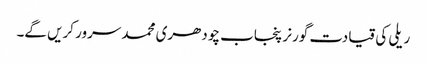
ریلی کی قیادت گورنر پنجاب چودھری محمد سرور کریں گے۔